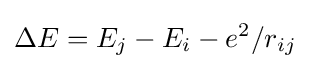
\Delta E=E_{j}-E_{i}-e^{2}/r_{ij}